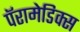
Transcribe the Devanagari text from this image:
पॅरामेडिक्स